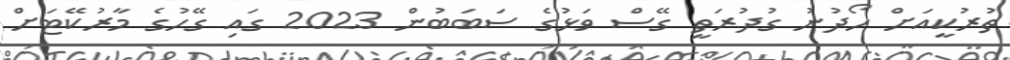
ތުރުކީއަށް ހޯދުނު ގުދުރަތީ ގޭސް ވަޅުގެ ސަބަބުން 2023 ގައި ގޭހުގެ މާރުކޭޓަށް